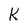
Character: K